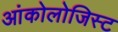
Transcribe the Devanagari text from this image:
आंकोलोजिस्ट